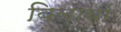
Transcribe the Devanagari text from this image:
बिलावों